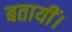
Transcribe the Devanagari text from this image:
बतायीं।